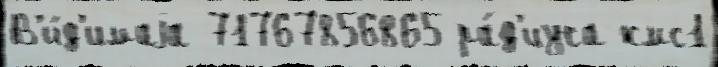
В'и́д'имаjа 71767856865 ра́д'иуса кмс1